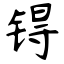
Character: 锝